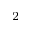
^ 2